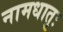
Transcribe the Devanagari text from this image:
नामधातुः